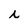
Character: i